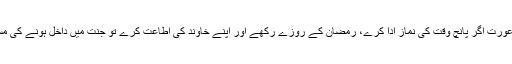
آپ نے فرمایا کہ عورت اگر پانچ وقت کی نماز ادا کرے، رمضان کے روزے رکھے اور اپنے خاوند کی اطاعت کرے تو جنت میں داخل ہونے کی مستحق بن جاتی ہے۔